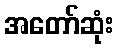
အတော်ဆုံး